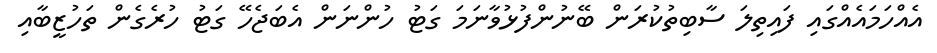
އެއްހަމައެއްގައި ފައިތިލަ ސާބިތުކުރަން ބޭނުންފުޅުވާނަމަ ގަޓު ހުންނަން އެބަޖެހޭ ގަޓު ހުރެގެން ތަހުޒީބާއި